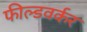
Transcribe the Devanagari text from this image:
फील्डवर्कर